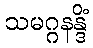
သမဂ္ဂနန္ဒိံ